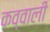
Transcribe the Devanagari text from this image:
कव्‍वाली